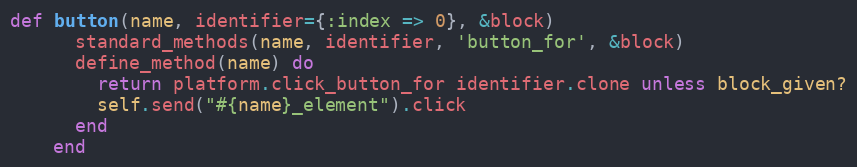
Language: Ruby
def button(name, identifier={:index => 0}, &block)
      standard_methods(name, identifier, 'button_for', &block)
      define_method(name) do
        return platform.click_button_for identifier.clone unless block_given?
        self.send("#{name}_element").click
      end
    end